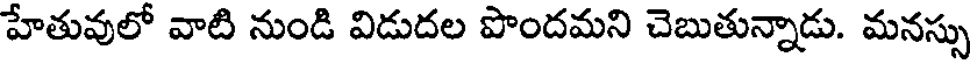
హేతువులో వాటి నుండి విడుదల పొందమని చెబుతున్నాడు. మనస్సు